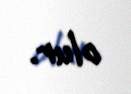
olur.